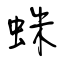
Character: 蛛